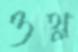
ওথ্‌ল